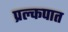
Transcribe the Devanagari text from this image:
प्रल्कपात